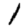
Digit: 1